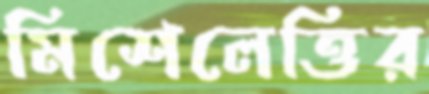
মিশেলেত্তির